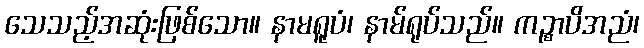
သေသည့်အဆုံးဖြစ်သော။ နာမရူပံ၊ နာမ်ရုပ်သည်။ ကဉ္စာပိအညံ၊